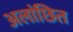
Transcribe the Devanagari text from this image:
अलांछित